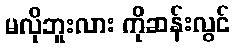
မလိုဘူးလား ကိုဆန်းလွင်